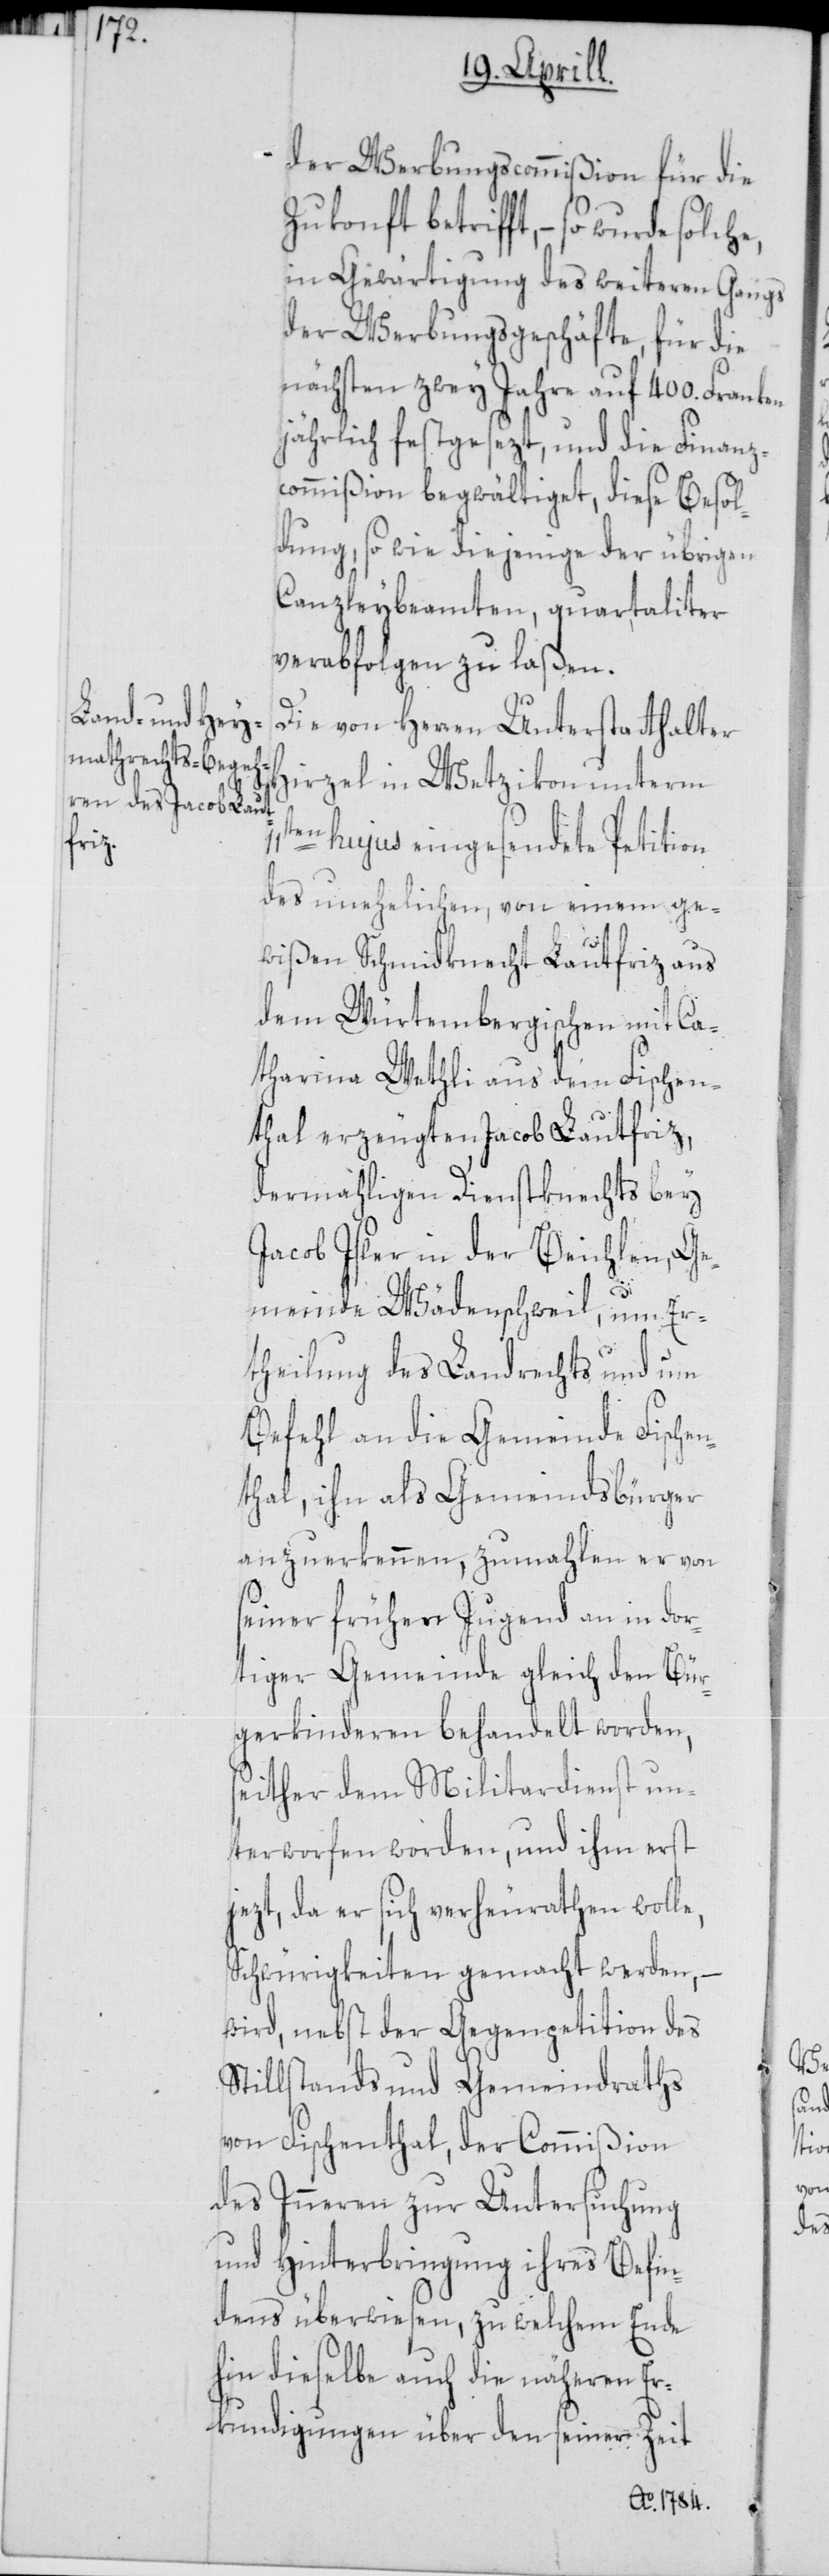
11t¬

der Werbungscommißion für die
Zukonft betrifft, – so wurde
in Gewärtigung des weiteren Gangs
der Werbungsgeschäfte, für die
nächsten zwey Jahre auf 400. Franken
jährlich festgesezt, und die Finanz¬
commißion begwältiget, diese Besol¬
dung, so wie diejenige der übrigen
Canzleybeamten, quartaliter
verabfolgen zu laßen.
Die von Herren Unterstatthalter
Hirzel in Wetzikon unterm
en hujus eingesendete Petition
des unehelichen, von einem ge¬
wißen Schmidknecht Lautfriz aus
dem Würtembergischen mit Ca¬
tharina Wethli aus dem Fischen¬
thal erzeugten Jacob Lautfriz,
dermahligen Dienstknechts bey
Jacob Isler in der Beichlen, Ge¬
meinde Wädenschweil, um Er¬
theilung des Landrechts und um
Befehl an die Gemeinde Fischen¬
thal, ihn als Gemeindsbürger
anzuerkennen, zumahlen er von
seiner frühen Jugend an in dor¬
tiger Gemeinde gleich den Bür¬
gerkinderen behandelt worden,
seither dem Militardienst un¬
terworfen worden, und ihm erst
jezt, da er sich verheurathen wolle,
Schwürigkeiten gemacht werden, –
wird, nebst der Gegenpetition des
Stillstands und Gemeindraths
von Fischenthal, der Commißion
des Inneren zur Untersuchung
und Hinterbringung ihres Befin¬
dens überwiesen, zu welchem Ende
hin dieselbe auch die näheren Er¬
kundigungen über den seiner Zeit